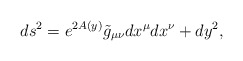
\begin{align*}ds^2 = e^{2A\left( y\right)} \tilde{g}_{\mu\nu} dx^\mu dx^\nu +dy^2 ,\end{align*}